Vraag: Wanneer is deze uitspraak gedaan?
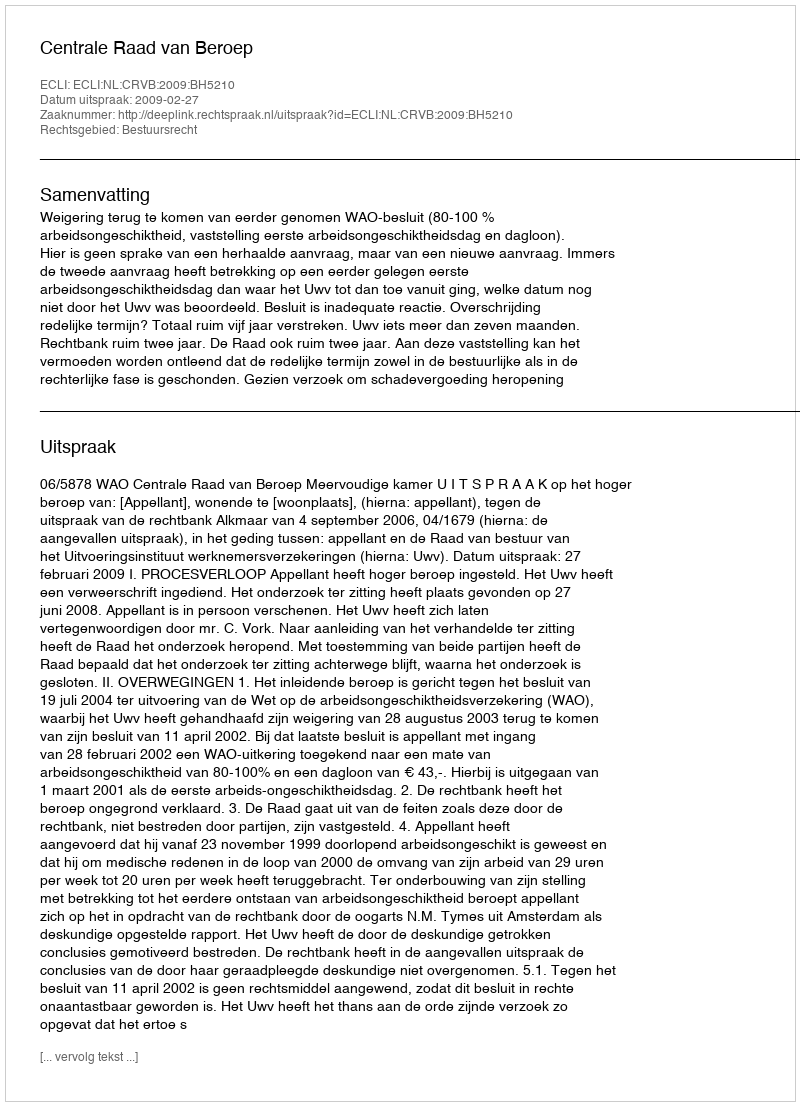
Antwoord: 2009-02-27